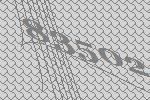
83502